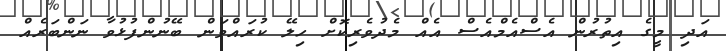
އަދި މީގެ އިތުރުން އެސްއެމްއެސް އެއް މެދުވެރިކޮށް ހިލޭ ކުރައްވަން ބޭނުންފުޅުވާ ނަންބަރެއް